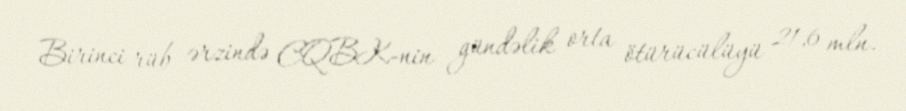
Birinci rüb ərzində CQBK-nin gündəlik orta ötürücülüyü 21,6 mln.